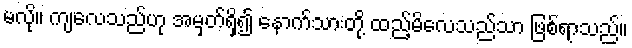
မလို။ ကျလေသည်ဟု အမှတ်ရှိ၍ နောက်သားတို့ ထည့်မိလေသည်သာ ဖြစ်ရာသည်။